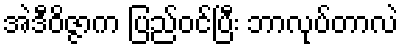
အဲဒီဝိဇ္ဇာက ပြည်ဝင်ပြီး ဘာလုပ်တာလဲ